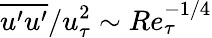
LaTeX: \overline{{u^{\prime}u^{\prime}}}/u_{\tau}^{2}\sim Re_{\tau}^{-1/4}